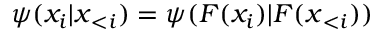
\psi ( x _ { i } | \boldsymbol x _ { < i } ) = \psi ( F ( x _ { i } ) | F ( \boldsymbol x _ { < i } ) )